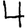
Digit: 4